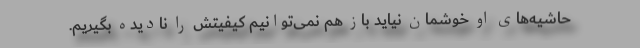
حاشیه‌های او خوشمان نیاید باز هم نمی‌توانیم کیفیتش را نادیده بگیریم.